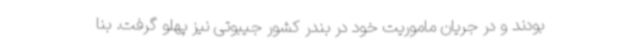
بودند و در جریان ماموریت خود در بندر کشور جیبوتی نیز پهلو گرفت. بنا